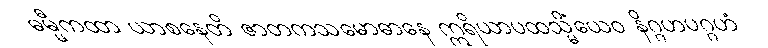
ဓမ္မီကထာ ယာစနေတိ ဇာတကသမောဓာနေ ဣရိယာပထသ္မိံယေဝ နိဂ္ဂဟပဂ္ဂဟံ